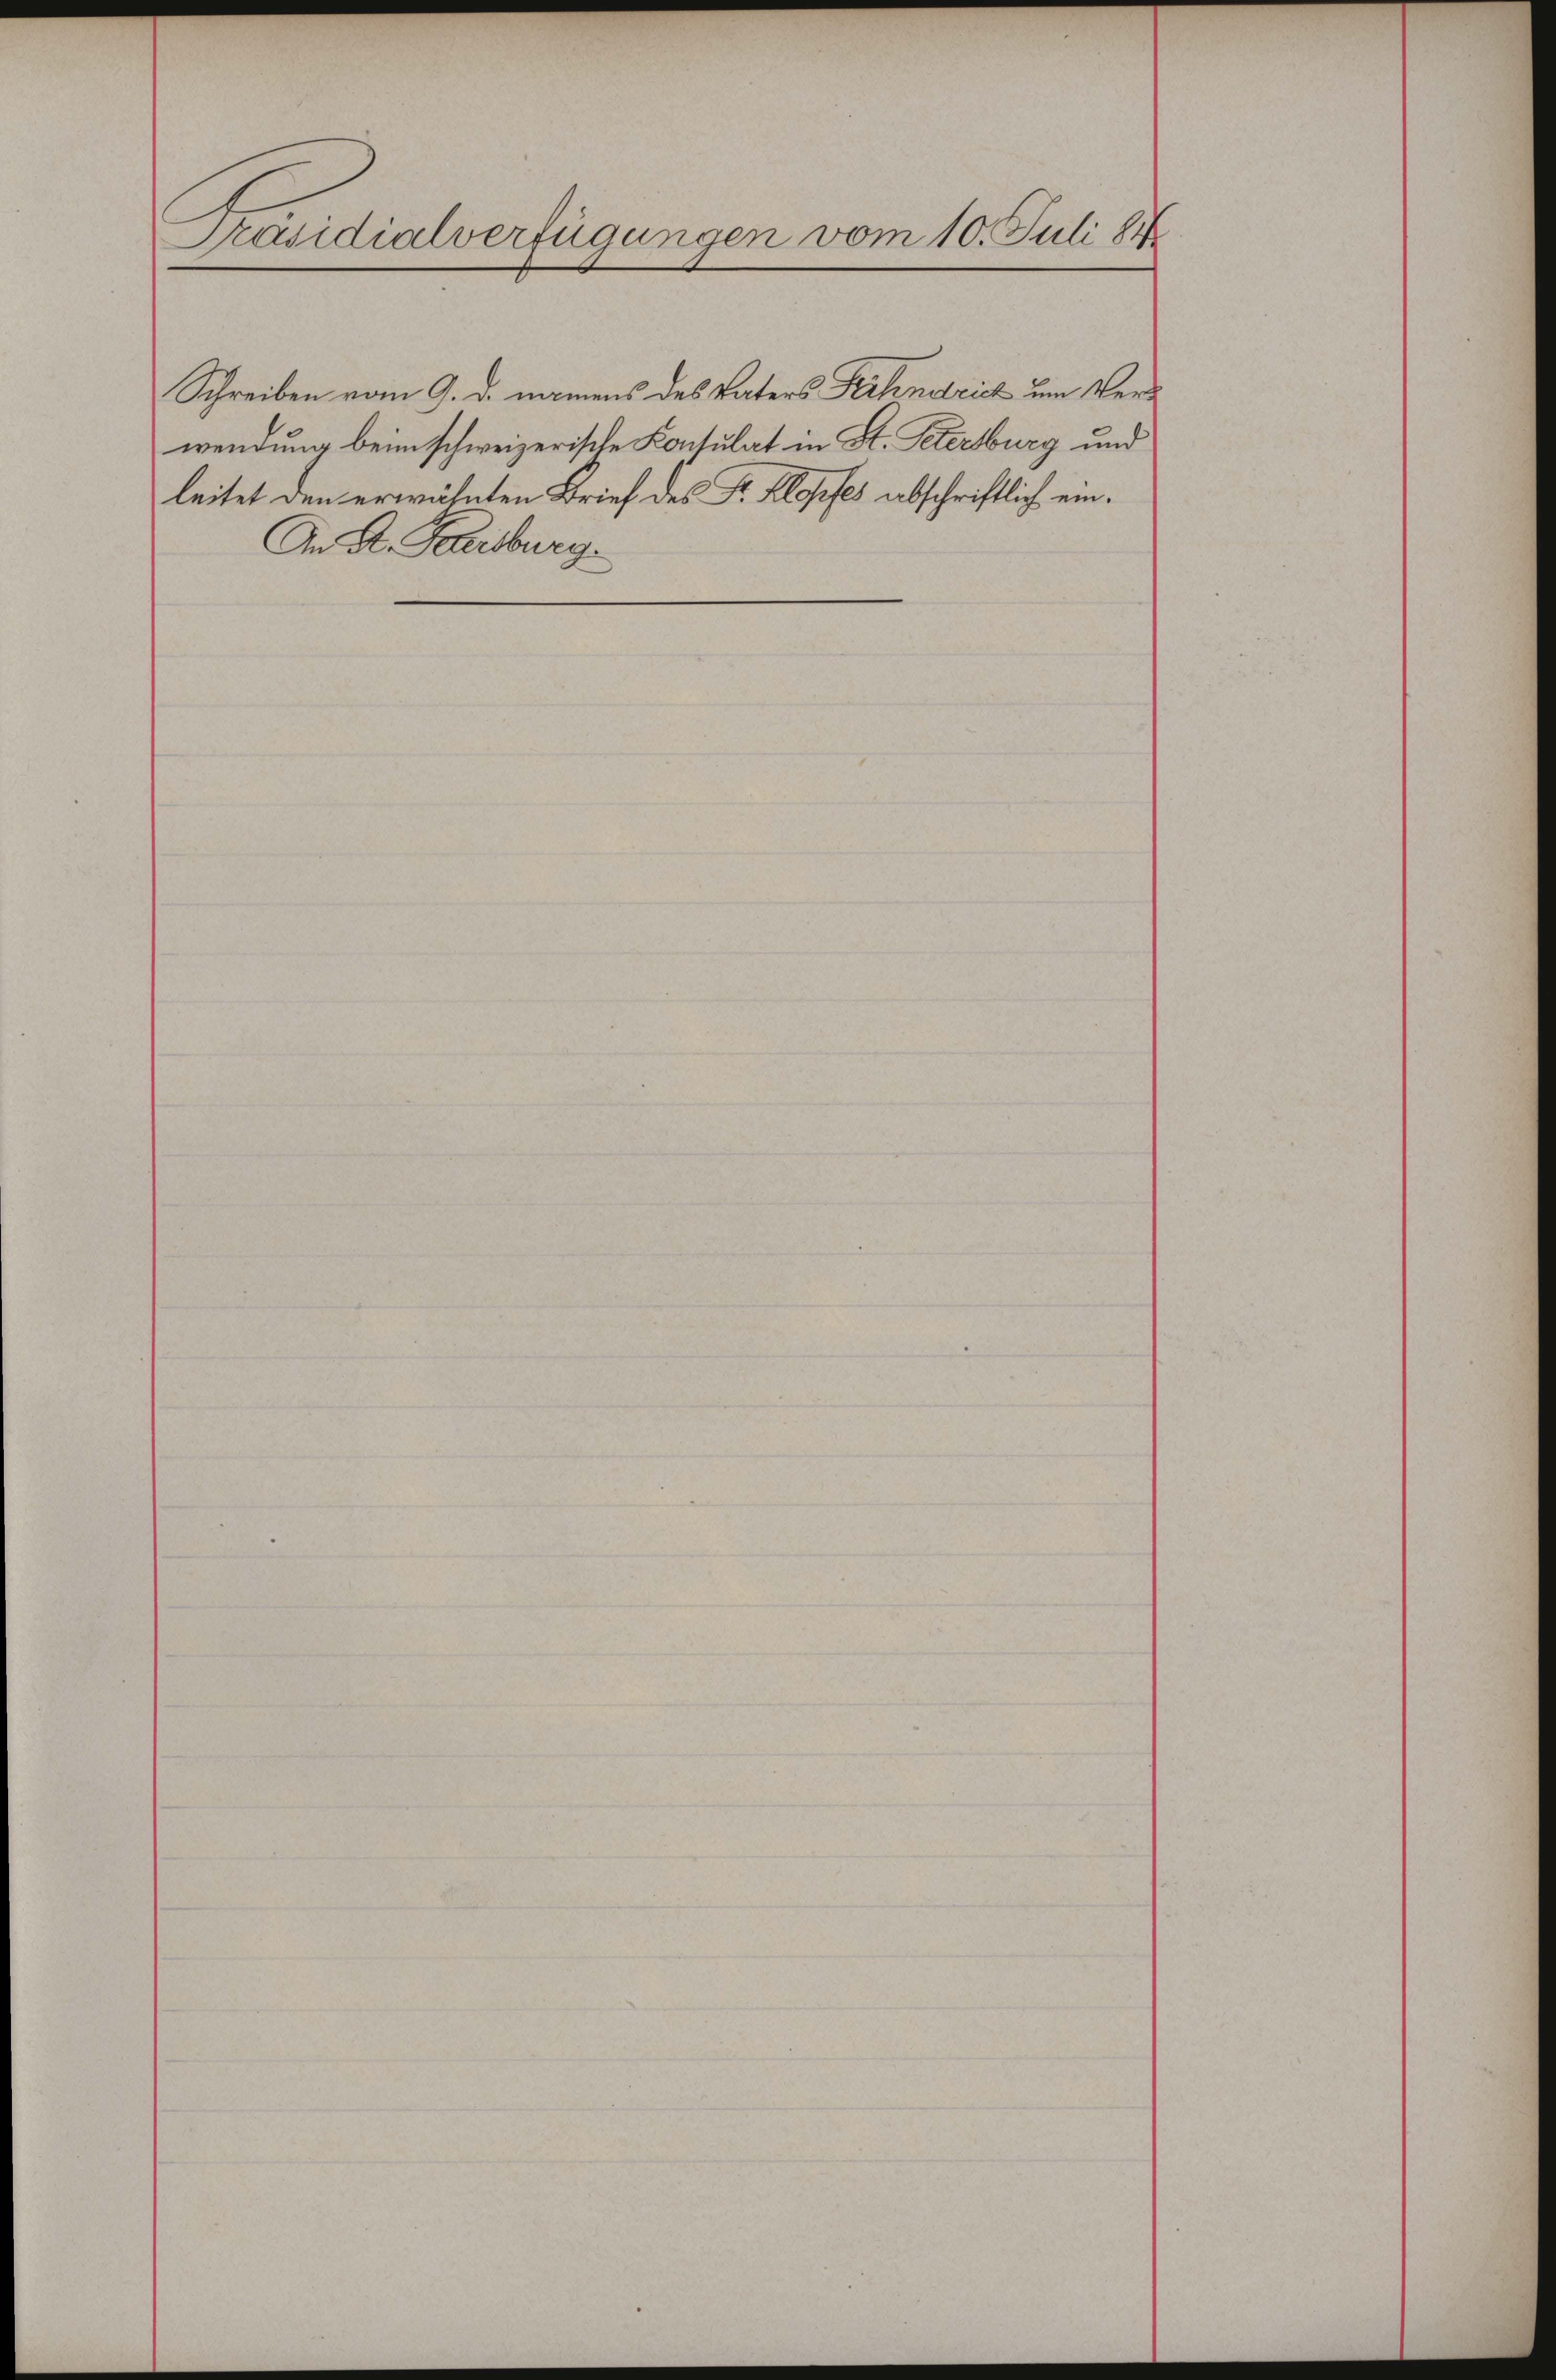
Präsidialverfügungen vom 10. Juli 18

Schreiben vom 9. d. namens des Vaters Fahndrich um Verwendung beim schweizerische Konsulat in St. Petersburg und
leitet den erwähnten Brief des P. Klopfes abschriftlich ein¬
An A. Freiburg.